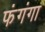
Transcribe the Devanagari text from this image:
फंगंगा